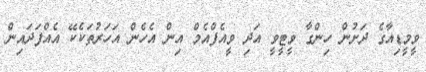
ވީމީޑިއާގެ ދަށުން ހިންގާ ވީޓީވީ އަދި ވީއެފްއެމް އިން އެހެން އަހަރުތަކެކޭ އެއްފަދައިން